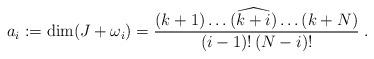
LaTeX: \begin{align*}a_i:=\dim(J+\omega_i)=\frac{(k+1)\dots(\widehat{k+i})\dots(k+N)}{(i-1)!\,(N-i)!}\;.\end{align*}